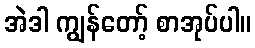
အဲဒါ ကျွန်တော့် စာအုပ်ပါ။